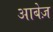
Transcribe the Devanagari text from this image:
आबेज़